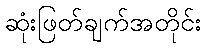
ဆုံးဖြတ်ချက်အတိုင်း